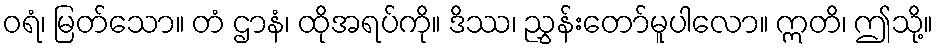
ဝရံ၊ မြတ်သော။ တံ ဌာနံ၊ ထိုအရပ်ကို။ ဒိဿ၊ ညွှန်းတော်မူပါလော။ ဣတိ၊ ဤသို့။